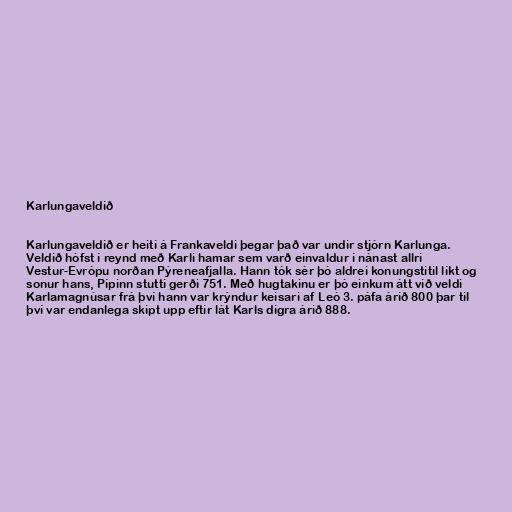
Karlungaveldið

Karlungaveldið er heiti á Frankaveldi þegar það var undir stjórn Karlunga.
Veldið hófst í reynd með Karli hamar sem varð einvaldur í nánast allri
Vestur-Evrópu norðan Pýreneafjalla. Hann tók sér þó aldrei konungstitil líkt og
sonur hans, Pípinn stutti gerði 751. Með hugtakinu er þó einkum átt við veldi
Karlamagnúsar frá því hann var krýndur keisari af Leó 3. páfa árið 800 þar til
því var endanlega skipt upp eftir lát Karls digra árið 888.